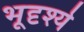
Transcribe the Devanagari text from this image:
भूदृश्ये